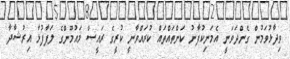
ވިދާޅުވަމުން ގެންދަވަނީ އެމަނިކުފާނު ކަންތައްތައް ކުރައްވާނީ ކުރީގެ ރައީސް މައުމޫންގެ ލަފާފުޅާ އިރުޝާދާ